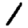
Digit: 1